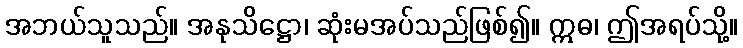
အဘယ်သူသည်။ အနုသိဋ္ဌော၊ ဆုံးမအပ်သည်ဖြစ်၍။ ဣဓ၊ ဤအရပ်သို့။